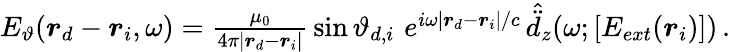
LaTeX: \begin{array}{r}{E_{\vartheta}(\boldsymbol{r}_{d}-\boldsymbol{r}_{i},\omega)=\frac{\mu_{0}}{4\pi|\boldsymbol{r}_{d}-\boldsymbol{r}_{i}|}\, \sin{\vartheta_{d,i}}\, \, e^{i\omega|\boldsymbol{r}_{d}-\boldsymbol{r}_{i}|/c}\, \hat{\ddot{d}}_{z}(\omega;[E_{ext}(\boldsymbol{r}_{i})])\, .}\end{array}